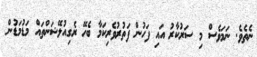
ނެތެވެ. ނަމަވެސް މި ސަރުކާރު އައި ފަހުން ފަތުރުވެރިކަމާ ބެހޭ ރެގިއުލޭޝަންތައް މަޑުމަޑުން